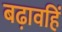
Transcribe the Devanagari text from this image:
बढ़ावहिं